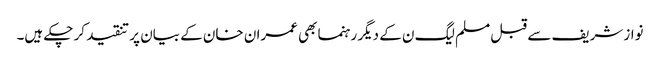
نواز شریف سے قبل مسلم لیگ ن کے دیگر رہنما بھی عمران خان کے بیان پر تنقید کر چکے ہیں۔